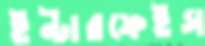
ইন্টারফেইস